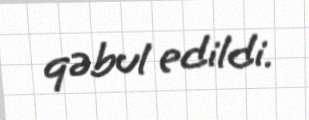
qəbul edildi.